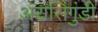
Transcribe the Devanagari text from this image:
अरासिंगुंडी